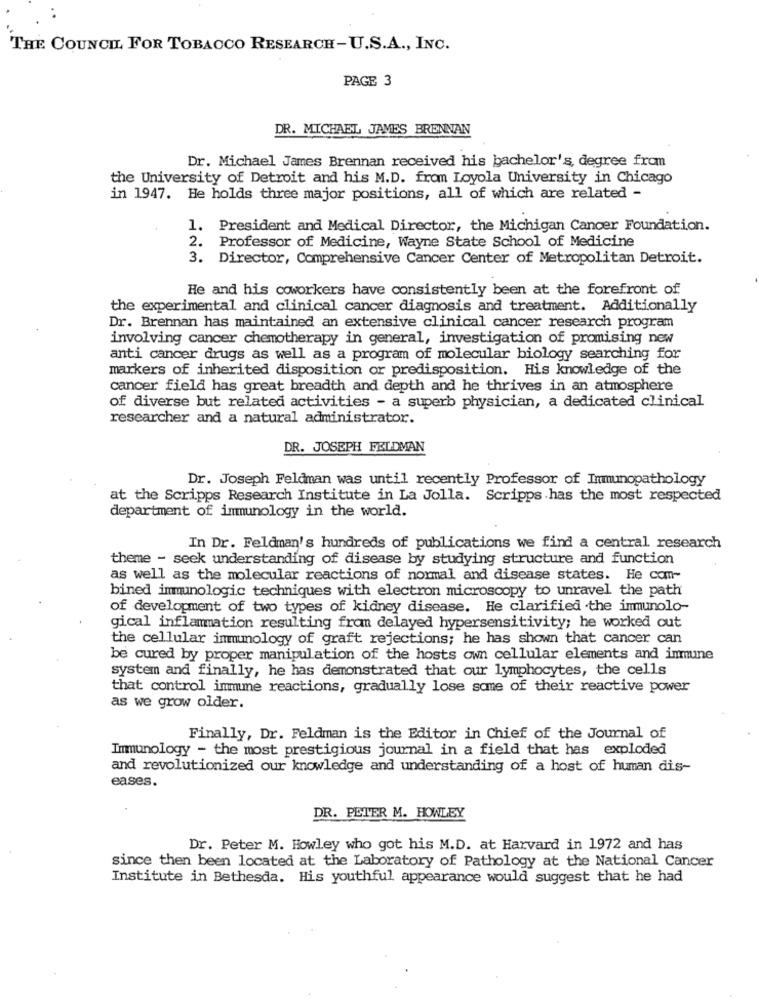
THE COUNCIL FOR TOBACCO RESEARCH-U.S.A ., INC.
PAGE 3
DR. MICHAEL JAMES BRENNAN
Dr. Michael James Brennan received his bachelor's degree from
the University of Detroit and his M.D. from Loyola University in Chicago
in 1947. He holds three major positions, all of which are related -
1. President and Medical Director, the Michigan Cancer Foundation.
2. Professor of Medicine, Wayne State School of Medicine
3. Director, Comprehensive Cancer Center of Metropolitan Detroit.
He and his coworkers have consistently been at the forefront of
the experimental and clinical cancer diagnosis and treatment. Additionally
Dr. Brennan has maintained an extensive clinical cancer research program
involving cancer chemotherapy in general, investigation of promising new
anti cancer drugs as well as a program of molecular biology searching for
markers of inherited disposition or predisposition. His knowledge of the
cancer field has great breadth and depth and he thrives in an atmosphere
of diverse but related activities - a superb physician, a dedicated clinical
researcher and a natural administrator.
DR. JOSEPH FELDMAN
Dr. Joseph Feldman was until recently Professor of Immunopathology
at the Scripps Research Institute in La Jolla. Scripps has the most respected
department of immunology in the world.
In Dr. Feldman's hundreds of publications we find a central research
theme - seek understanding of disease by studying structure and function
as well as the molecular reactions of normal and disease states. He com-
bined immunologic techniques with electron microscopy to unravel the path
of development of two types of kidney disease. He clarified the immunolo-
gical inflammation resulting from delayed hypersensitivity; he worked out
the cellular immunology of graft rejections; he has shown that cancer can
be cured by proper manipulation of the hosts own cellular elements and inmune
system and finally, he has demonstrated that our lymphocytes, the cells
that control immune reactions, gradually lose some of their reactive power
as we grow older.
Finally, Dr. Feldman is the Editor in Chief of the Journal of
Immunology - the most prestigious journal in a field that has exploded
and revolutionized our knowledge and understanding of a host of human dis-
eases.
DR. PETER M. HOWLEY
Dr. Peter M. Howley who got his M.D. at Harvard in 1972 and has
since then been located at the Laboratory of Pathology at the National Cancer
Institute in Bethesda. His youthful appearance would suggest that he had